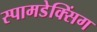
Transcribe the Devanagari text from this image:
स्पामडेक्सिंग